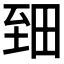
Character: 𱼪